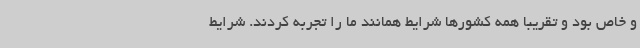
و خاص بود و تقریبا همه کشورها شرایط همانند ما را تجربه کردند. شرایط